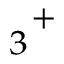
{ _ { 3 } } ^ { + }